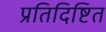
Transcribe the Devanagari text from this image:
प्रतिदिष्टित